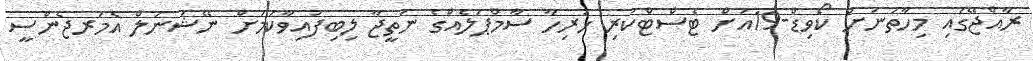
ރާއްޖޭގައި މިހާތަނަށް ކޯވިޑް-19އަށް ޓެސްޓްކުރި ހުރިހާ ސާމްޕަލެއްގެ ނަތީޖާ ލިބިފައިވާކަމަށް ނޭޝަނަލް އެމަރޖެންސީ